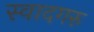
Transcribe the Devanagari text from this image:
स्वादगरु